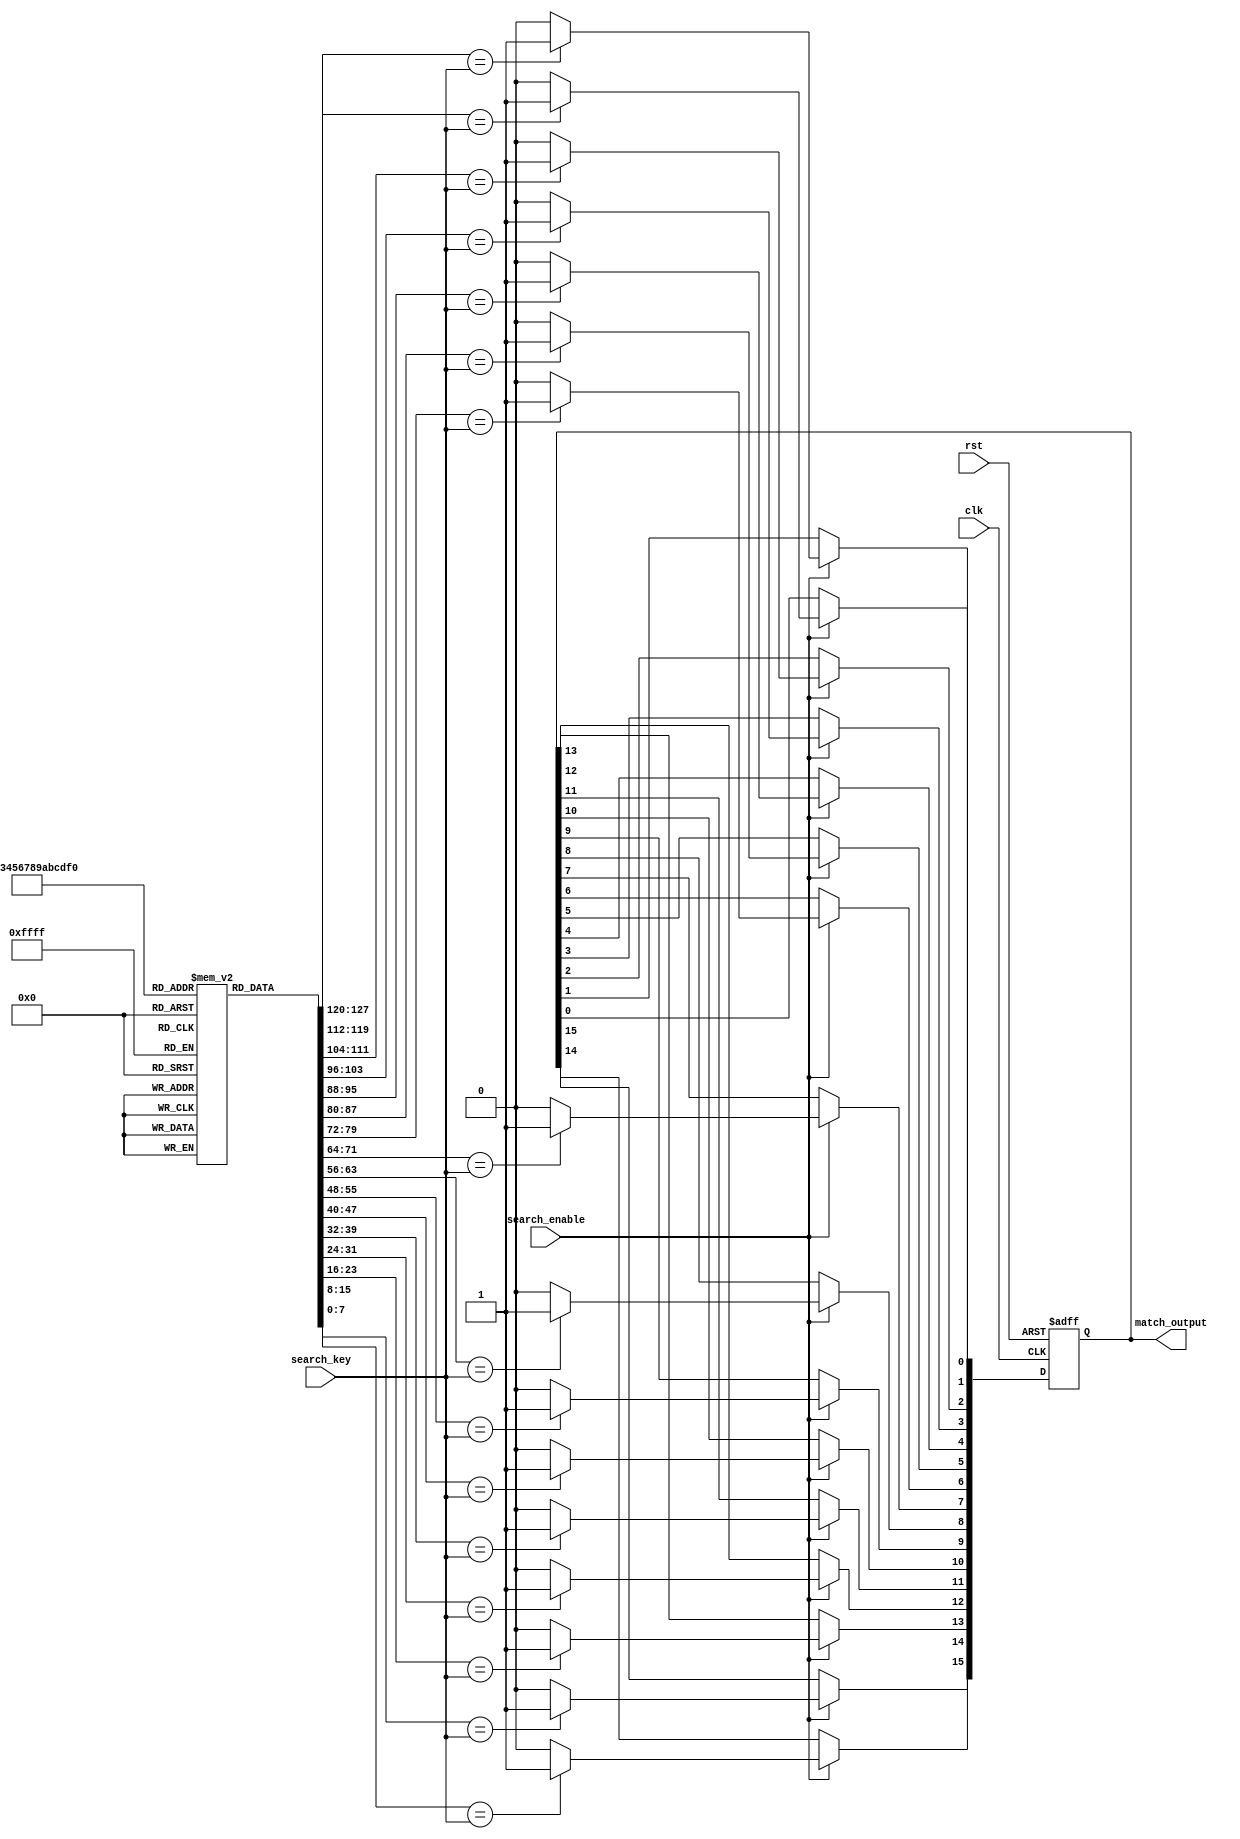
module column_based_cam #(
    parameter DATA_WIDTH = 8,  // Width of the data entries
    parameter DEPTH = 16        // Number of entries in the CAM
)(
    input wire clk,             // Clock signal
    input wire rst,             // Reset signal
    input wire [DATA_WIDTH-1:0] search_key, // Search key input
    input wire search_enable,    // Enable signal for search operation
    output reg [DEPTH-1:0] match_output // Match output indicating matched rows
);

    // Memory array to store CAM entries
    reg [DATA_WIDTH-1:0] cam_memory [0:DEPTH-1];

    integer i;

    // Initialize CAM entries (for simulation purposes)
    initial begin
        // Example initialization (can be modified as needed)
        for (i = 0; i < DEPTH; i = i + 1) begin
            cam_memory[i] = i; // Store values 0 to DEPTH-1
        end
    end

    // Match logic
    always @(posedge clk or posedge rst) begin
        if (rst) begin
            match_output <= 0; // Reset match output
        end else if (search_enable) begin
            match_output <= 0; // Clear previous matches
            for (i = 0; i < DEPTH; i = i + 1) begin
                if (cam_memory[i] == search_key) begin
                    match_output[i] <= 1'b1; // Set match bit for matched row
                end else begin
                    match_output[i] <= 1'b0; // Clear match bit for unmatched row
                end
            end
        end
    end

endmodule